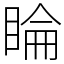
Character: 睔